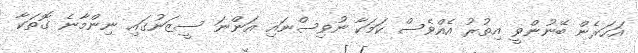
އަހަރެން ބޭނުންވީ އިތުރު އެއްވެސް ކަމަކާ ނުވިސްނައި އަންނަ ސީޒަނުގައި ނިންމާނެ ގޮތަކާ